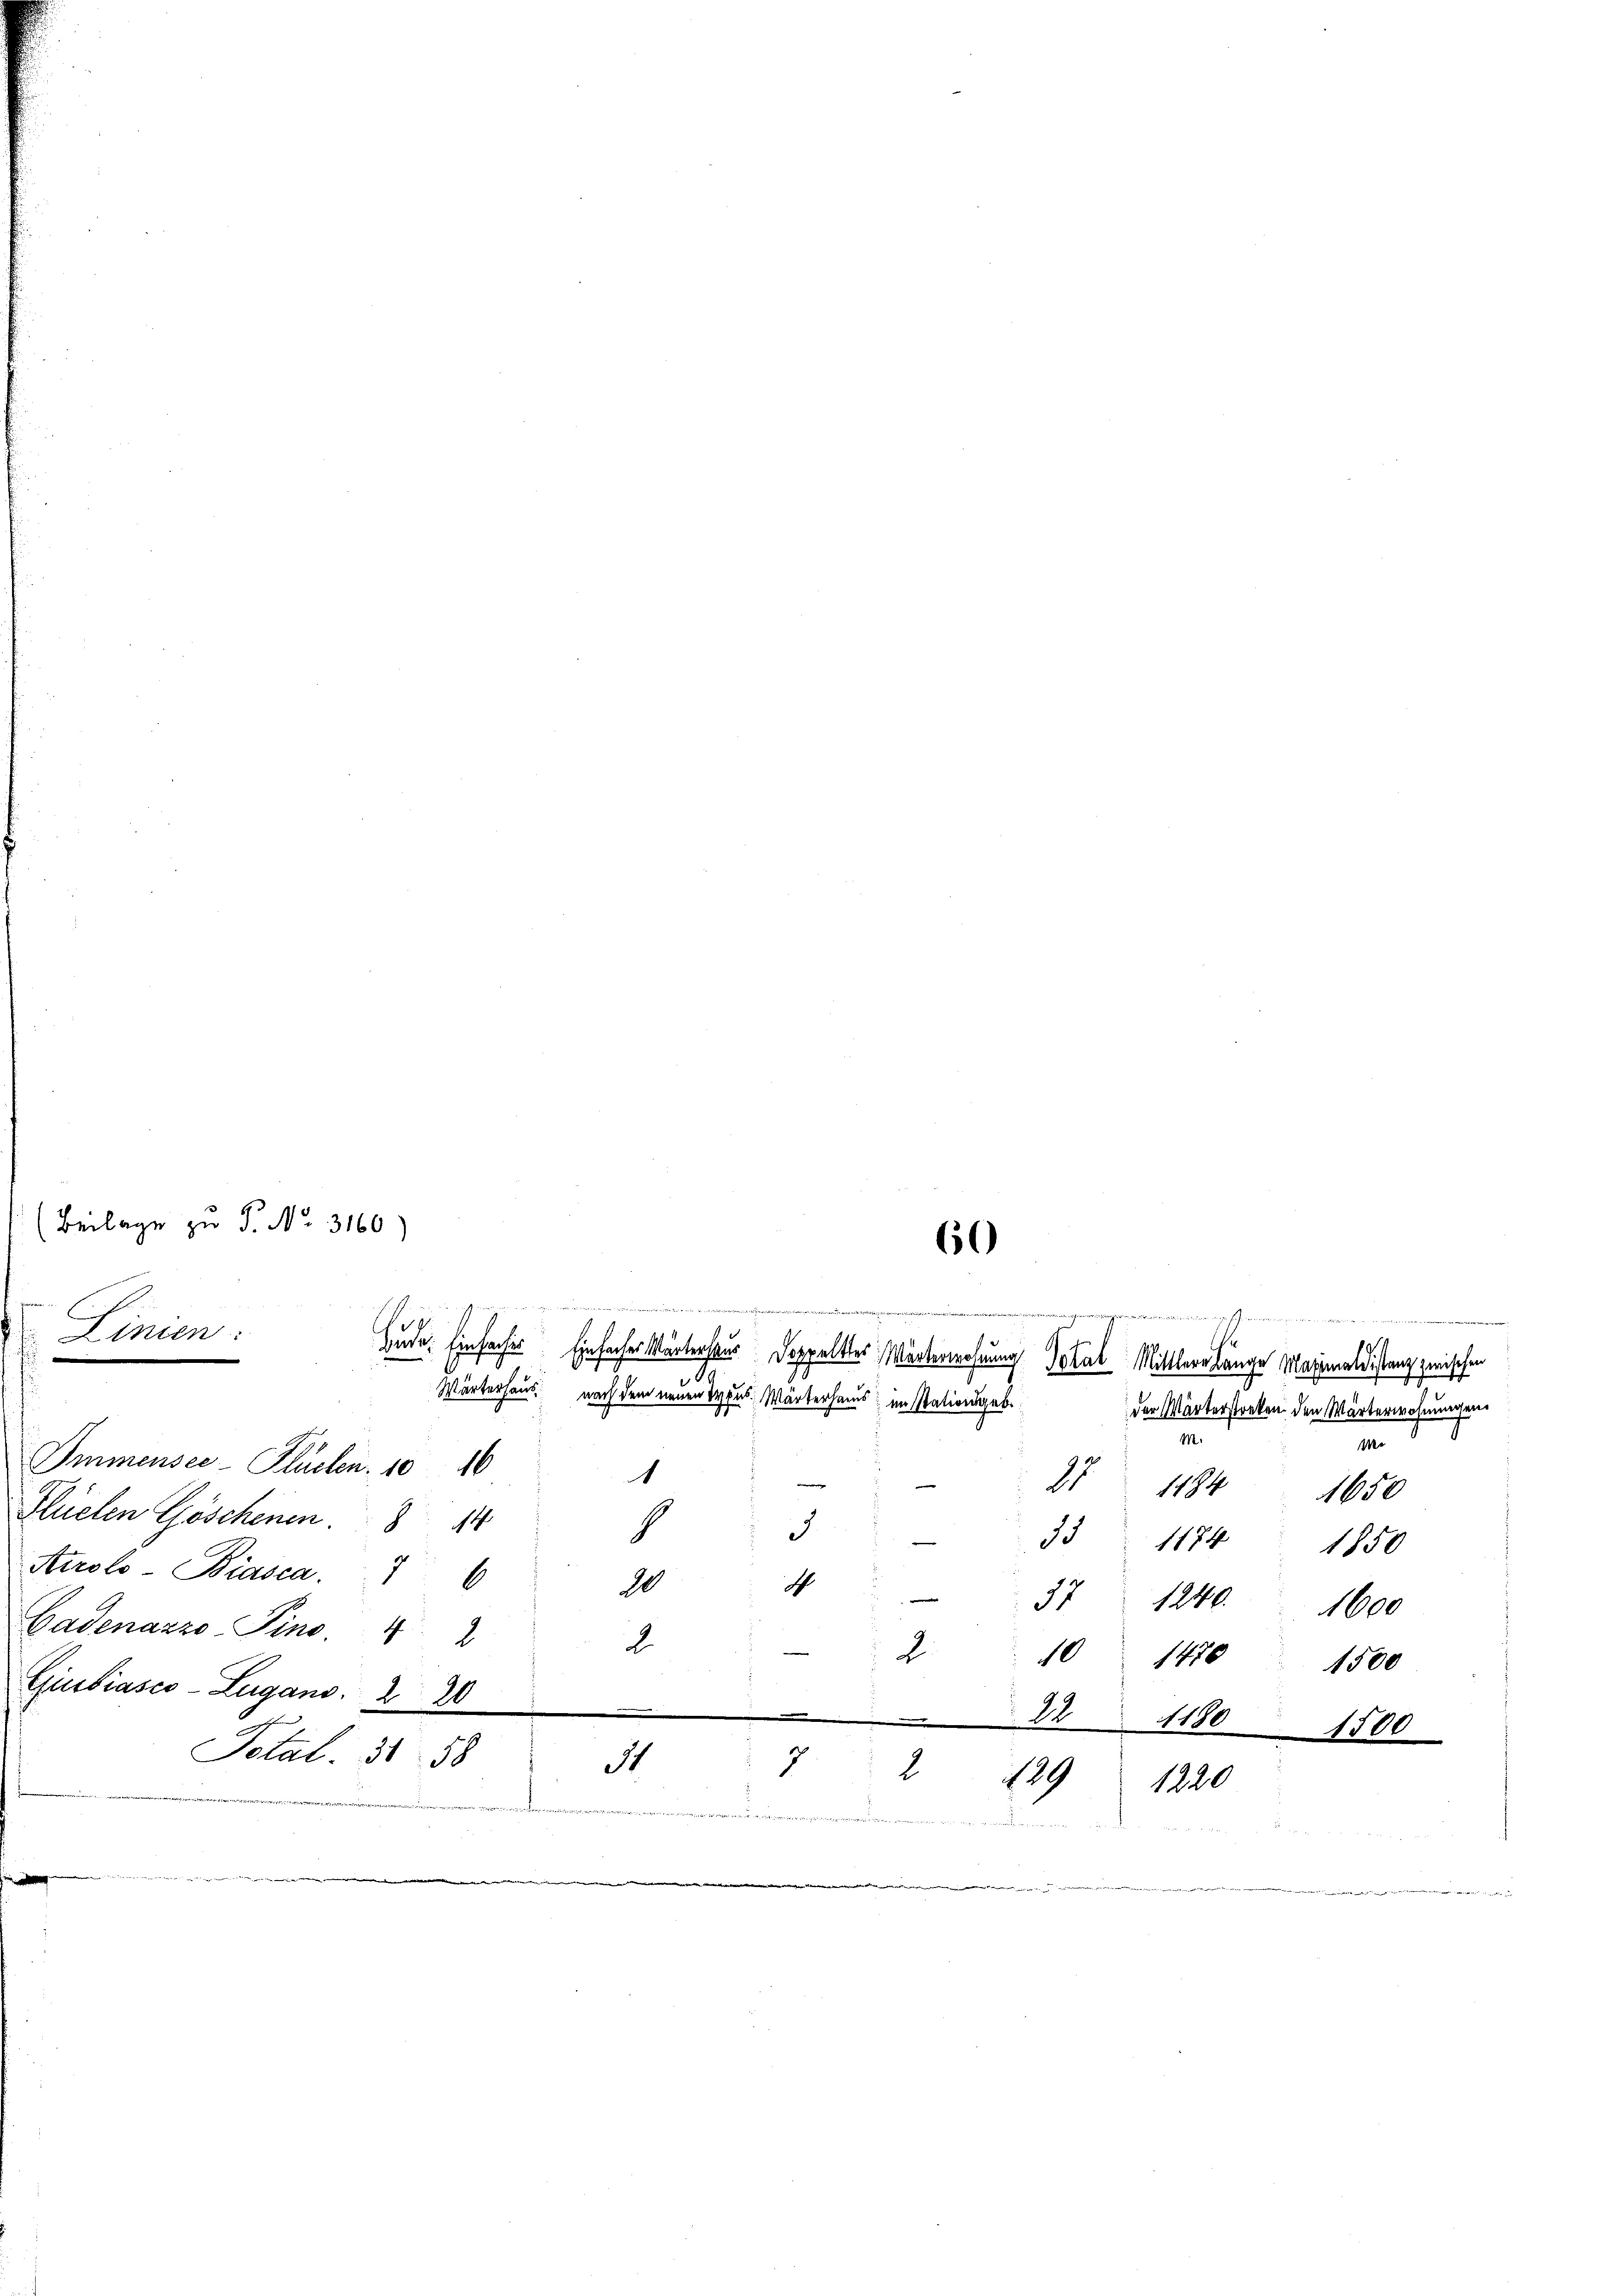
20
.
.
Total. 3658
34
de

(Beilage zu P. Nr. 3160)

Linien.

Immensee-Kluchen. 1046
Flüelen Göschenen 8 14
Airolo- Biasca.
6
Gadenazzo-Pino. 422 2
Giubiasco-Zugano. 2

d

in den zu

e

49
Wärterhaus nach dem neuen Haus. Wärterhaus in stationsgeb.
1
e
d
.
d
20

bude. Einfaches Einfacher Wärterhaus Doppeltter Wärterwohnung Total Mittlere lange Maximaldistanz zwischen
M.
11
1484
33 1174 1850

37 1240. 1600
10 1476 1500
e
.
21180 1500
7
2
129
1220

60

ung der in

.ten
e

der Wärterstreken den Wärterwohnungen.
Me
1650

e
J